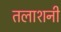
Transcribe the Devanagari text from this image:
तलाशनी